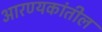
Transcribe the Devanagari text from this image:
आरण्यकांतील